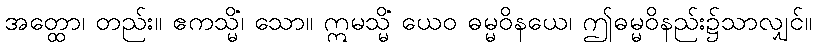
အတ္ထော၊ တည်း။ ဧကသ္မိံ၊ သော။ ဣမသ္မိံ ယေဝ ဓမ္မဝိနယေ၊ ဤဓမ္မဝိနည်း၌သာလျှင်။